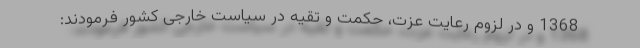
1368 و در لزوم رعایت عزت، حکمت و تقیه در سیاست خارجی کشور فرمودند: